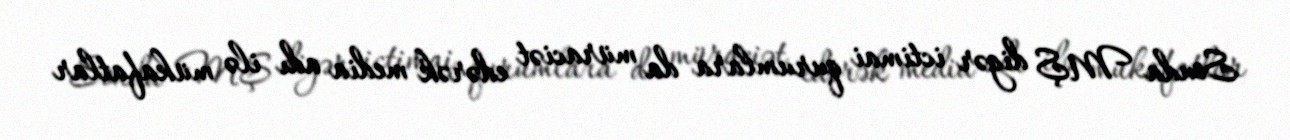
Sonda MŞ digər ictimai qurumlara da müraciət edərək media adı ilə mükafatlar